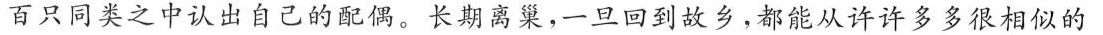
百只同类之中认出自己的配偶。长期离巢，一旦回到故乡，都能从许许多多很相似的